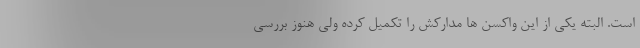
است. البته یکی از این واکسن ها مدارکش را تکمیل کرده ولی هنوز بررسی